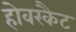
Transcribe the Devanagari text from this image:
होवरकैट